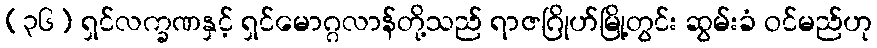
(၃၆) ရှင်လက္ခဏနှင့် ရှင်မောဂ္ဂလာန်တို့သည် ရာဇဂြိုဟ်မြို့တွင်း ဆွမ်းခံ ဝင်မည်ဟု